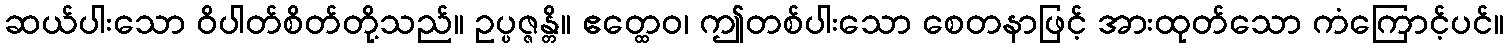
ဆယ်ပါးသော ဝိပါတ်စိတ်တို့သည်။ ဥပ္ပဇ္ဇန္တိ။ ဧတ္ထေဝ၊ ဤတစ်ပါးသော စေတနာဖြင့် အားထုတ်သော ကံကြောင့်ပင်။